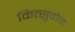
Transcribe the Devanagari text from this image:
कित्सुवोन